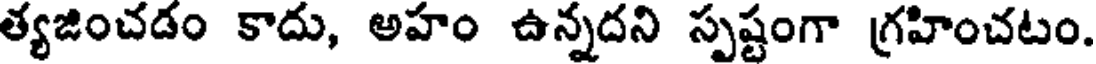
త్యజించడం కాదు, అహం ఉన్నదని స్పష్టంగా గ్రహించటం.